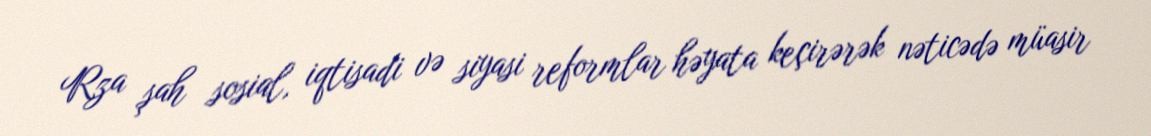
Rza şah sosial, iqtisadi və siyasi reformlar həyata keçirərək nəticədə müasir